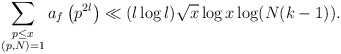
\begin{align*} \sum_{\substack{p \leq x \\ (p,N) = 1}} a_f\left(p^{2l}\right) \ll (l \log l) \sqrt{x}\log x \log (N(k-1)).\end{align*}